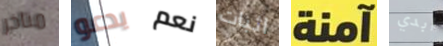
متاخر يدعو نعم اثبات آمنة أبدي